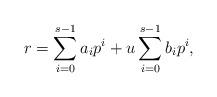
LaTeX: \begin{align*}r=\sum_{i=0}^{s-1}a_ip^i+u\sum_{i=0}^{s-1}b_ip^i,\end{align*}